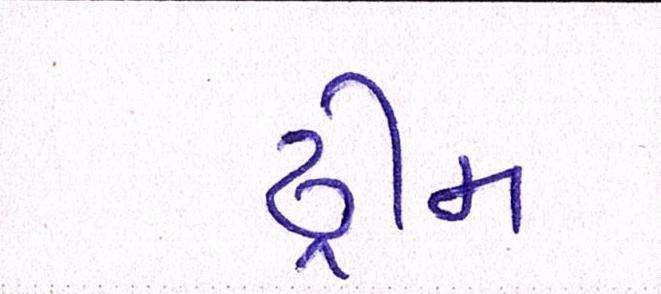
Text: ડ્રીમ